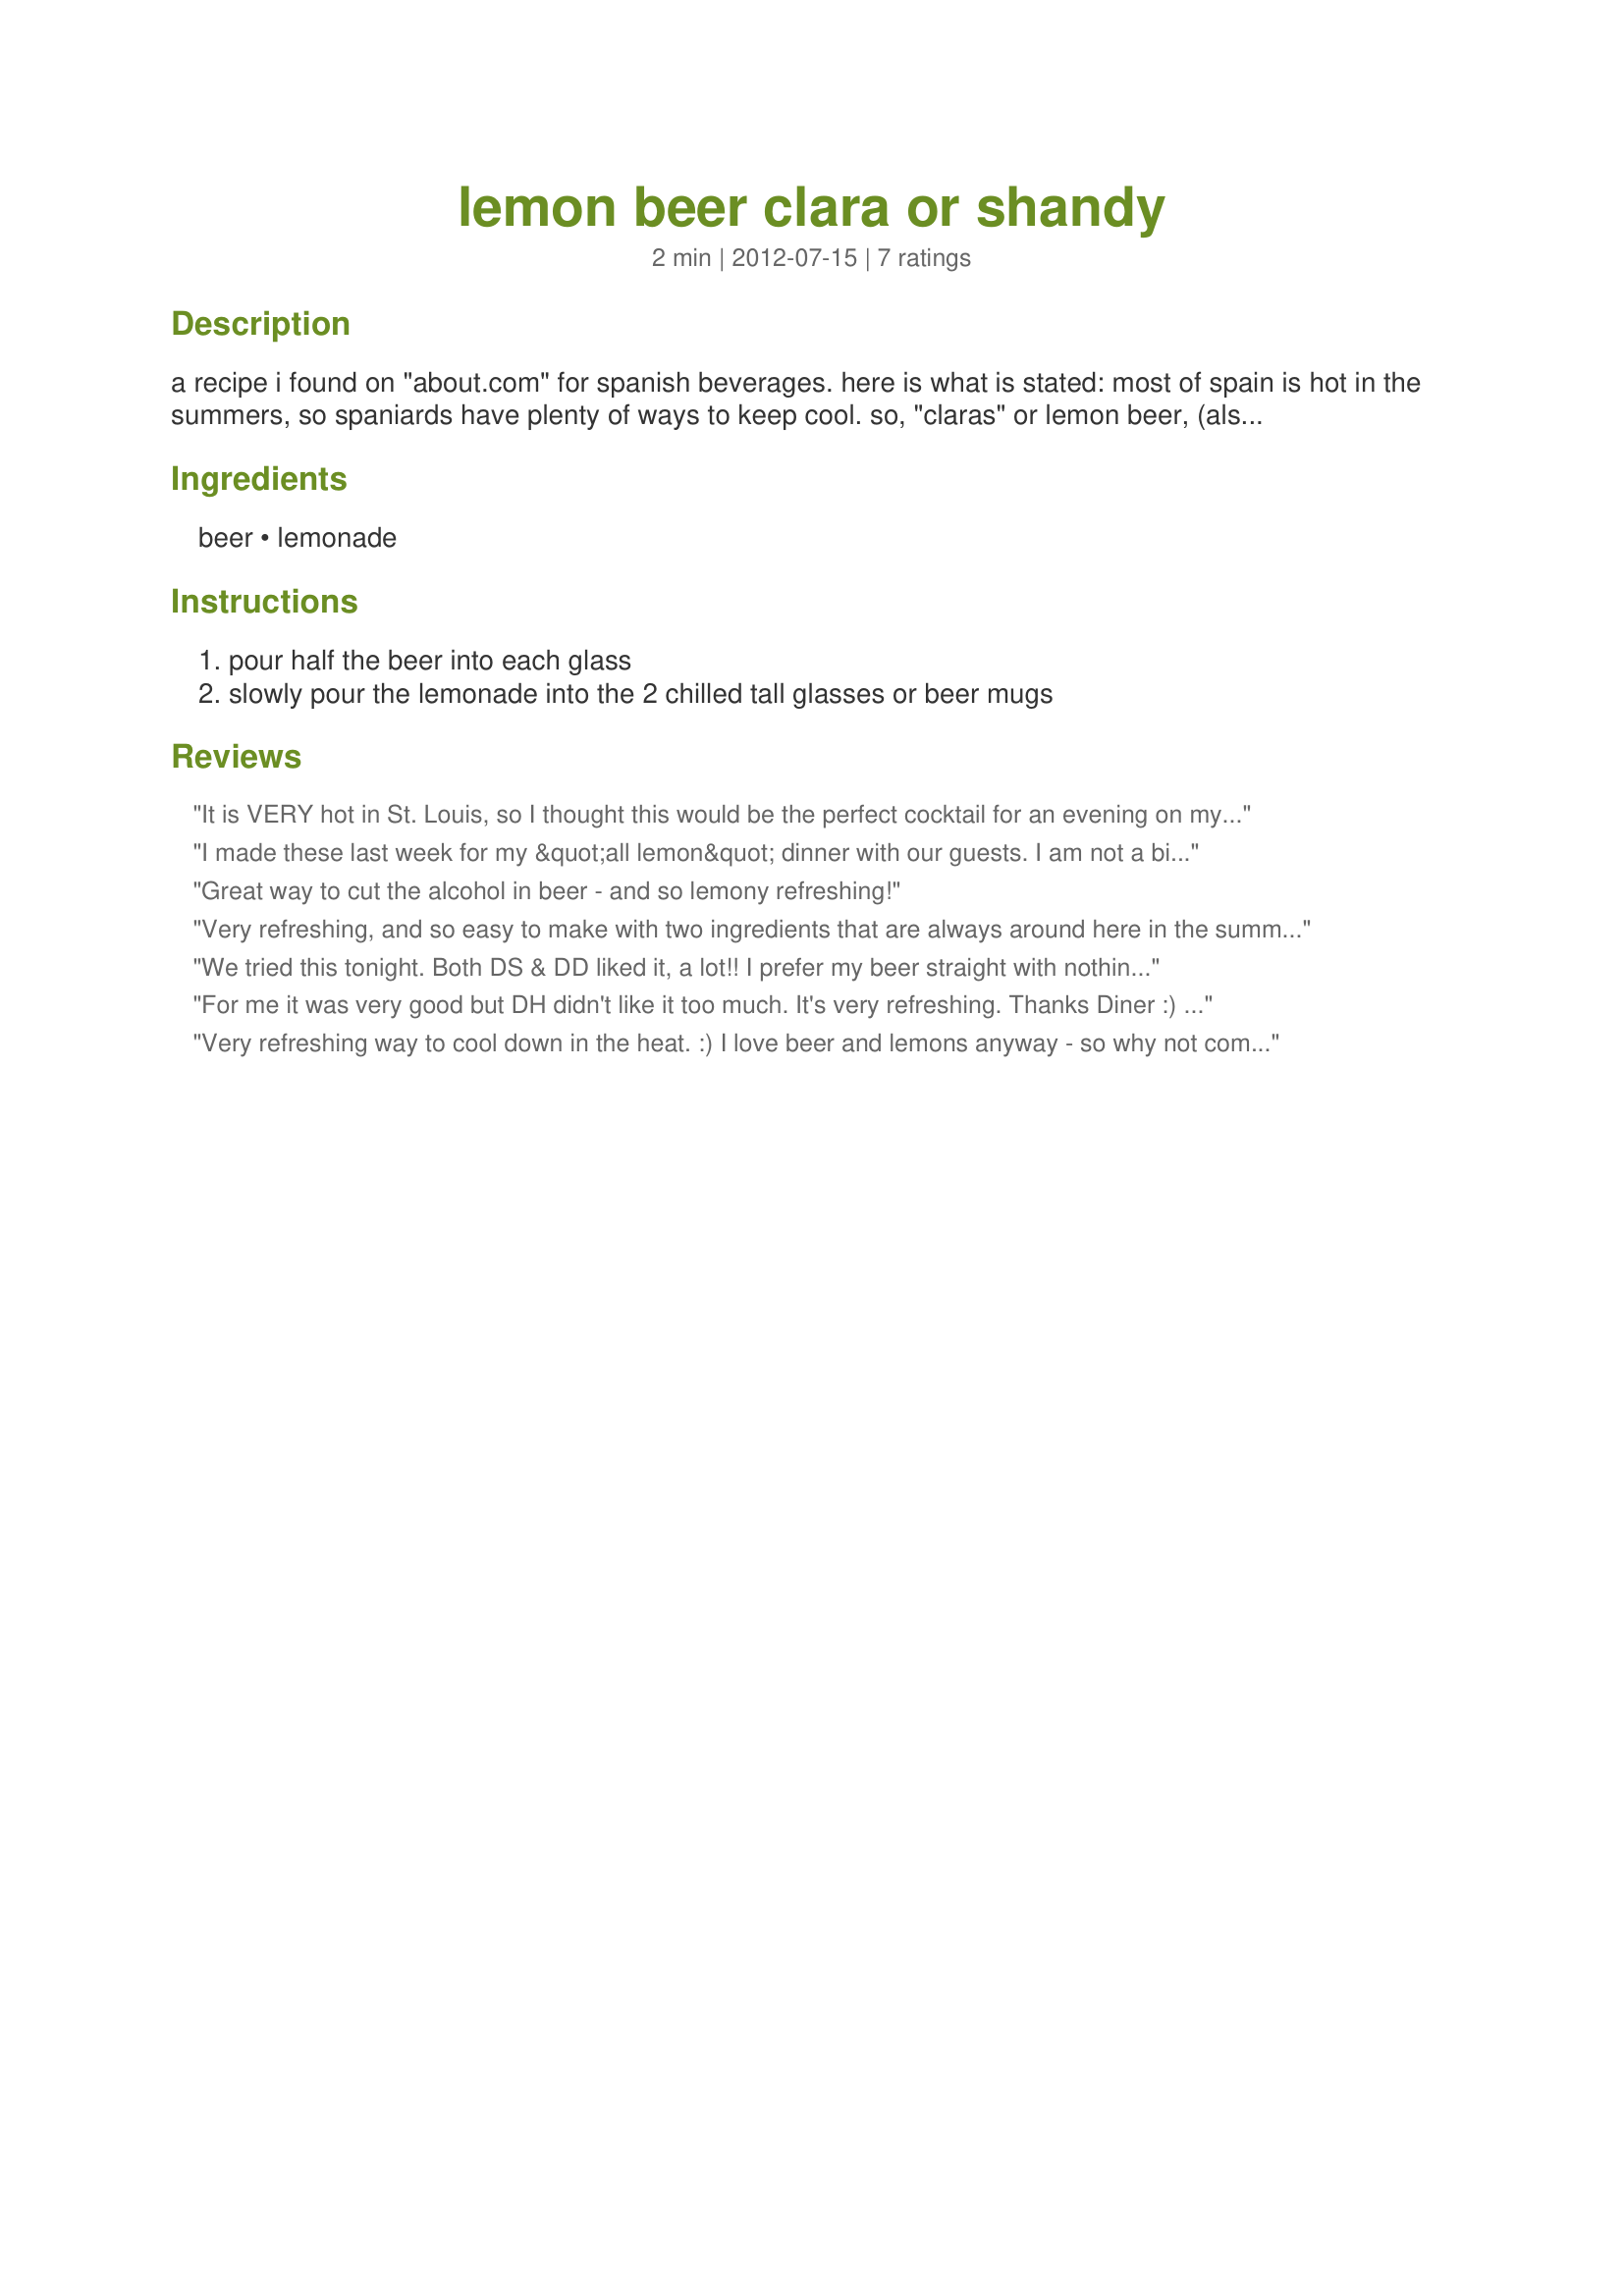
lemon beer clara or shandy
Preparation time: 2 minutes

a recipe i found on "about.com" for spanish beverages. here is what is stated: most of spain is hot in the summers, so spaniards have plenty of ways to keep cool. so, "claras" or lemon beer, (also known as a shandy) is a popular summertime drink. luckily, it is easy to make and is very refreshing.

Ingredients:
beer, lemonade

Steps:
pour half the beer into each glass, slowly pour the lemonade into the 2 chilled tall glasses or beer mugs

Reviews:
It is VERY hot in St. Louis, so I thought this would be the perfect cocktail for an evening on my neighbor's patio last night - and it was! Light and refreshing. I preferred mine with just a touch of extra beer. I used Crystal Light and Bud Light, so my version was light - I think it would taste better with a more full flavored beer. Thanks for posting! Made for ZWT8 for the Jammin' Jazzberries.
I made these last week for my &quot;all lemon&quot; dinner with our guests. I am not a big &#039;mixed drink&#039; fan, but these were very good, and will be a great addition to serve at our cocktail bar at our summer cook-outs/gatherings. Thank you for posting this recipe. (Made for Zaar Chef Alphabet Soup&quot; tag - Spring 2013)
Great way to cut the alcohol in beer - and so lemony refreshing!
Very refreshing, and so easy to make with two ingredients that are always around here in the summer! Thanks for sharing. ZWT8
We tried this tonight. Both DS & DD liked it, a lot!! I prefer my beer straight with nothing in it. Just me. It is refreshing if you need something on a hot day. Made for ZWT8 and The Wild Bunch.
For me it was very good but DH didn't like it too much. It's very refreshing. Thanks Diner :) Made for ZWT8 for Diners, Winers and Chives
Very refreshing way to cool down in the heat. :) I love beer and lemons anyway - so why not comine two great flavors? I used Widmere Brothers Rotator Ipa Series Shaddock IPA. **Made for ZWT8 2012**
